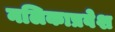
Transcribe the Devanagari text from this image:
नलिकाप्रवेश